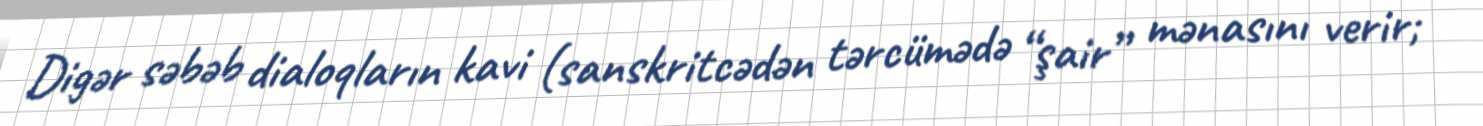
Digər səbəb dialoqların kavi (sanskritcədən tərcümədə “şair” mənasını verir;